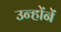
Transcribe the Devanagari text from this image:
उन्हाेंनें